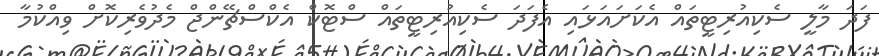
ފަދަ މާލީ ސެކިއުރިޓީތައް އެކަށައަޅައި އެފަދަ ސެކިއުރިޓީތައް ސްޓޮކް އެކްސްޗޭންޖް މެދުވެރިކޮށް ވިއްކުމާ